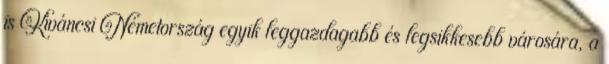
is Kíváncsi Németország egyik leggazdagabb és legsikkesebb városára, a